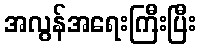
အလွန်အရေးကြီးပြီး